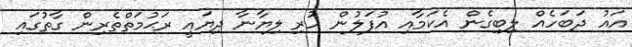
އައު ދަބަހެއް ލިބިގެން އެކަމާއި އުފަލުން ހުރި ލިޔާނާ ދިޔައީ ރަޙުމަތްތެރިން ގާތުގައި